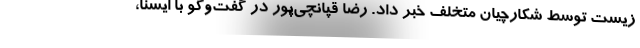
زیست توسط شکارچیان متخلف خبر داد. رضا قپانچی‌پور در گفت‌وگو با ایسنا،